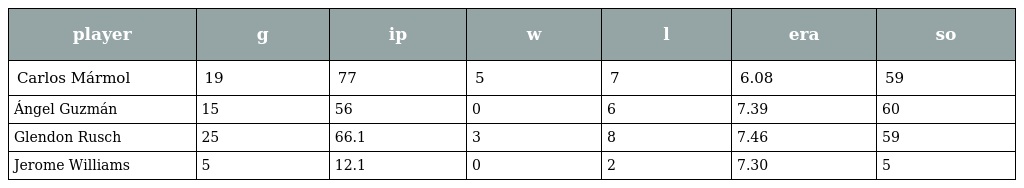
| player | g | ip | w | l | era | so |
 | --- | --- | --- | --- | --- | --- | --- |
 | Carlos Mármol | 19 | 77 | 5 | 7 | 6.08 | 59 |
 | Ángel Guzmán | 15 | 56 | 0 | 6 | 7.39 | 60 |
 | Glendon Rusch | 25 | 66.1 | 3 | 8 | 7.46 | 59 |
 | Jerome Williams | 5 | 12.1 | 0 | 2 | 7.30 | 5 |